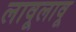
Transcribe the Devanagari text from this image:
लावूलावू